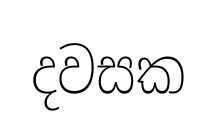
දවසක